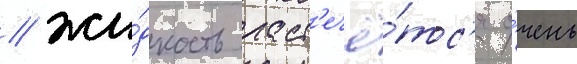
/ жи́дкость раст'ечё́тс'я о́чень